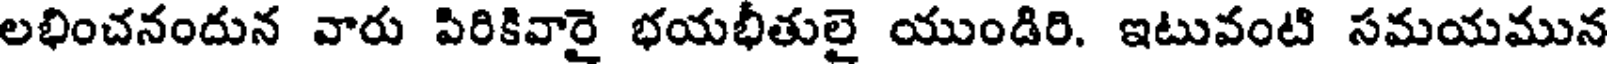
లభించనందున వారు పిరికివారై భయభీతులై యుండిరి. ఇటువంటి సమయమున